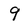
Character: 9